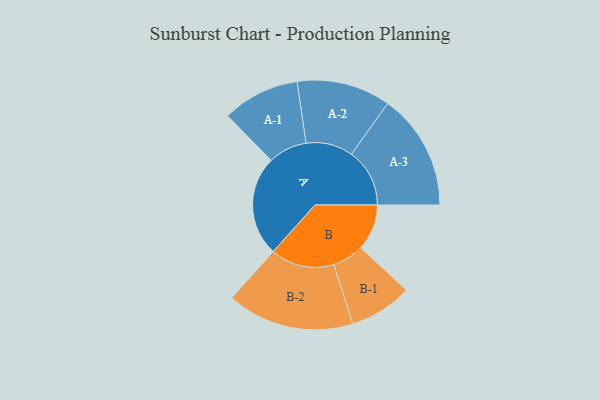
{"axis": {"x": "Segment", "y": "Value"}, "legend": ["", "A", "B"], "data": [{"x": "A", "y": 401, "type": ""}, {"x": "B", "y": 184, "type": ""}, {"x": "A-1", "y": 155, "type": "A"}, {"x": "A-2", "y": 188, "type": "A"}, {"x": "A-3", "y": 233, "type": "A"}, {"x": "B-1", "y": 126, "type": "B"}, {"x": "B-2", "y": 255, "type": "B"}]}